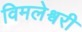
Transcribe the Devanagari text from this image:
विमलेश्वरी